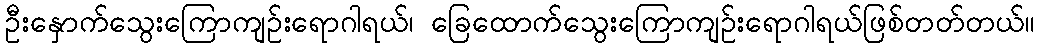
ဦးနှောက်သွေးကြောကျဉ်းရောဂါရယ်၊ ခြေထောက်သွေးကြောကျဉ်းရောဂါရယ်ဖြစ်တတ်တယ်။